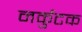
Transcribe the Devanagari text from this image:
नर्कुटक